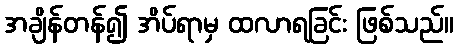
အချိန်တန်၍ အိပ်ရာမှ ထလာရခြင်း ဖြစ်သည်။